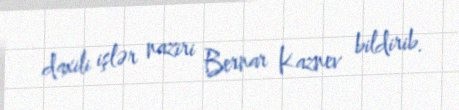
daxili işlər naziri Bernar Kaznev bildirib.